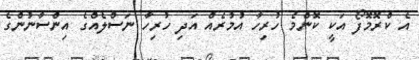
އެ ކްރޮމޮފޯ އަކީ ކޮންމެ ހުރިހާ އުމުރެއް އަދި ހުރިހާ ނަސްލެއްގެ އިންސާނުންގެ